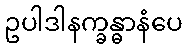
ဥပါဒါနက္ခန္ဓာနံပေ